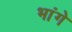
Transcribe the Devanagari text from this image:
भांगे